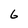
Character: 6